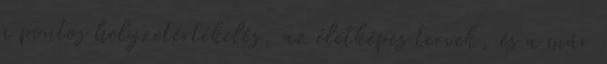
a pontos helyzetértékelés, az életképes tervek, és a már